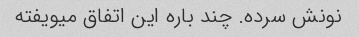
نونش سرده. چند باره این اتفاق میویفته